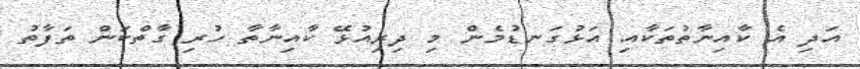
އަދި އެ ކާއިނާތުތަކާއި އަޅުގަނޑުމެން މި ދިރިއުޅޭ ކާއިނާތާ ހުރި ގާތްކަން ތަފާތު